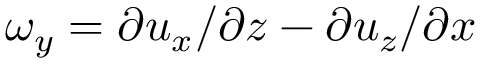
\omega _ { y } = \partial u _ { x } / \partial z - \partial u _ { z } / \partial x